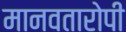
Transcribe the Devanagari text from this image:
मानवतारोपी